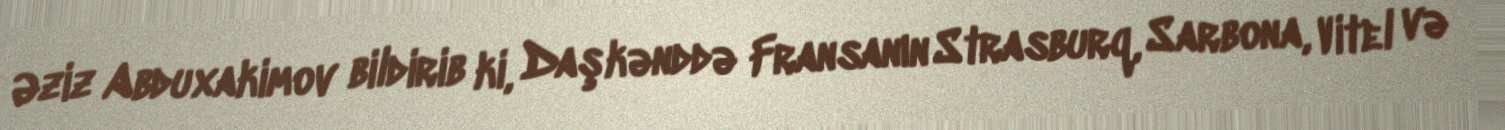
Əziz Abduxakimov bildirib ki, Daşkənddə Fransanın Strasburq, Sarbona, Vitel və